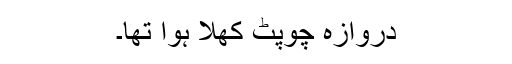
دروازہ چوپٹ کھلا ہوا تھا۔